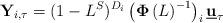
LaTeX: \begin{align*}\mathbf{Y}_{i,\tau }=(1-L^{S})^{D_{i}}\left( \mathbf{\Phi }\left( L\right)^{-1}\right) _{i}\underline{\mathbf{u}}_{\tau } \end{align*}